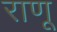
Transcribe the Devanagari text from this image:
राणू